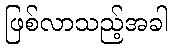
ဖြစ်လာသည့်အခါ